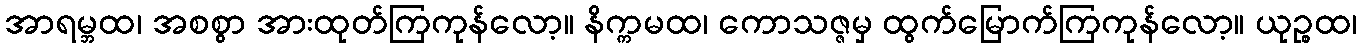
အာရမ္ဘထ၊ အစစွာ အားထုတ်ကြကုန်လော့။ နိက္ကမထ၊ ကောသဇ္ဇမှ ထွက်မြောက်ကြကုန်လော့။ ယုဉ္စထ၊